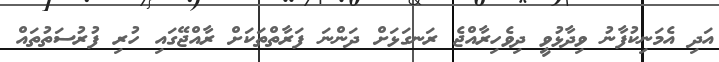
އަދި އެމަނިކުފާނު ވިދާޅުވީ ދިވެހިރާއްޖެ ރަނގަޅަށް ދަންނަ ފަރާތްތަކަށް ރާއްޖޭގައި ހުރި ފުރުސަތުތައް